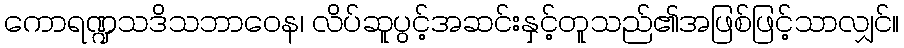
ကောရဏ္ဍသဒိသဘာဝေန၊ လိပ်ဆူပွင့်အဆင်းနှင့်တူသည်၏အဖြစ်ဖြင့်သာလျှင်။